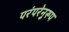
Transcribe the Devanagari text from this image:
परंपरेनुरूप